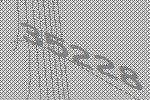
35228